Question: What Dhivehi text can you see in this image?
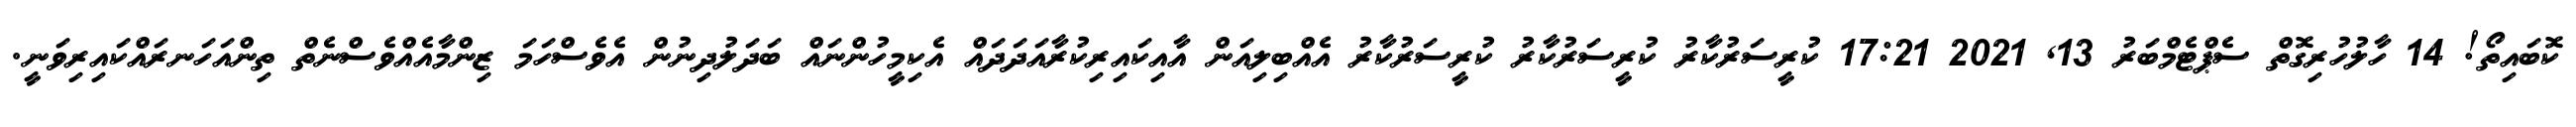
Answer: ކޮބައިތޯ! 14 ހާލުހުރިގޮތް ސެޕްޓެމްބަރު 13, 2021 17:21 ކުރީސަރުކާރު ކުރީސަރުކާރު ކުރީސަރުކާރު އެއްބިލިއަން އާއިކައިރިކުރާއަދަދައް އެކިމީހުންނައް ބަދަލުދިނުން އެވެސްހަމަ ޒިންމާއެއްވެސްނެތް ތިންއަހަނރައްކައިރިވަނީ.